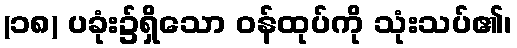
(၁၈) ပခုံး၌ရှိသော ဝန်ထုပ်ကို သုံးသပ်၏၊